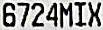
6724MIX